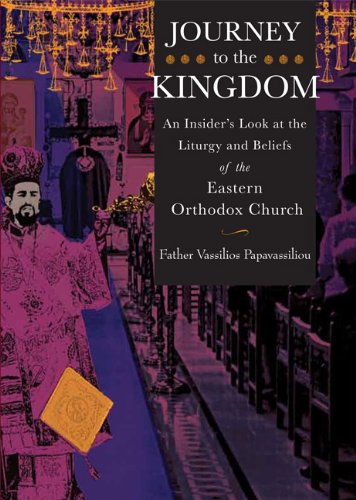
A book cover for Journey to the Kingdom: An Insider's Look at the Liturgy and Beliefs of the Eastern Orthodox Church; Vassilios Papavassiliou; Christian Books & Bibles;